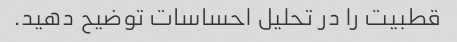
قطبیت را در تحلیل احساسات توضیح دهید.